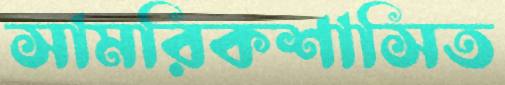
সামরিকশাসিত